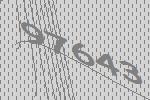
97643